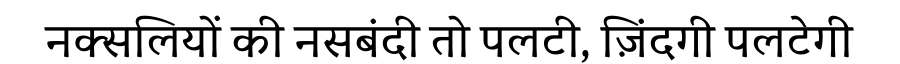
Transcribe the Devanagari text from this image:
नक्सलियों की नसबंदी तो पलटी, ज़िंदगी पलटेगी